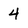
Character: 4